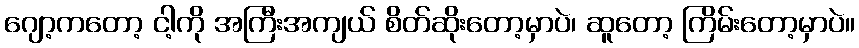
ဂျော့ကတော့ ငါ့ကို အကြီးအကျယ် စိတ်ဆိုးတော့မှာပဲ၊ ဆူတော့ ကြိမ်းတော့မှာပဲ။